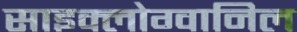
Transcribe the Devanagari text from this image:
साइक्लोग्वानिल